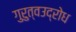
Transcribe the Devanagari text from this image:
गुरुत्वउद्रोध